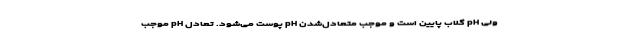
ولی pH گلاب پایین است و موجب متعادل‌شدن pH پوست می‌شود. تعادل pH موجب